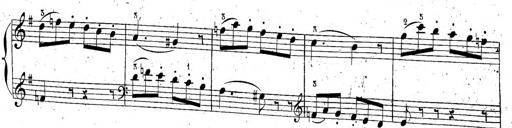
Title: 6 Sonatinen, Op.95
Composer: Ferdinand Hiller
Key: Various